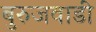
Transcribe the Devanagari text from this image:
बुरुजवाडी